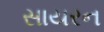
સાયરન